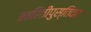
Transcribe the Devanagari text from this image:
माहितीपुस्तिका